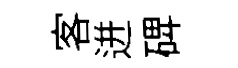
客迸𥓓